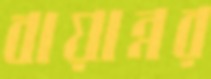
বায়ান্নর